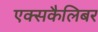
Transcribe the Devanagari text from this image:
एक्सकैलिबर